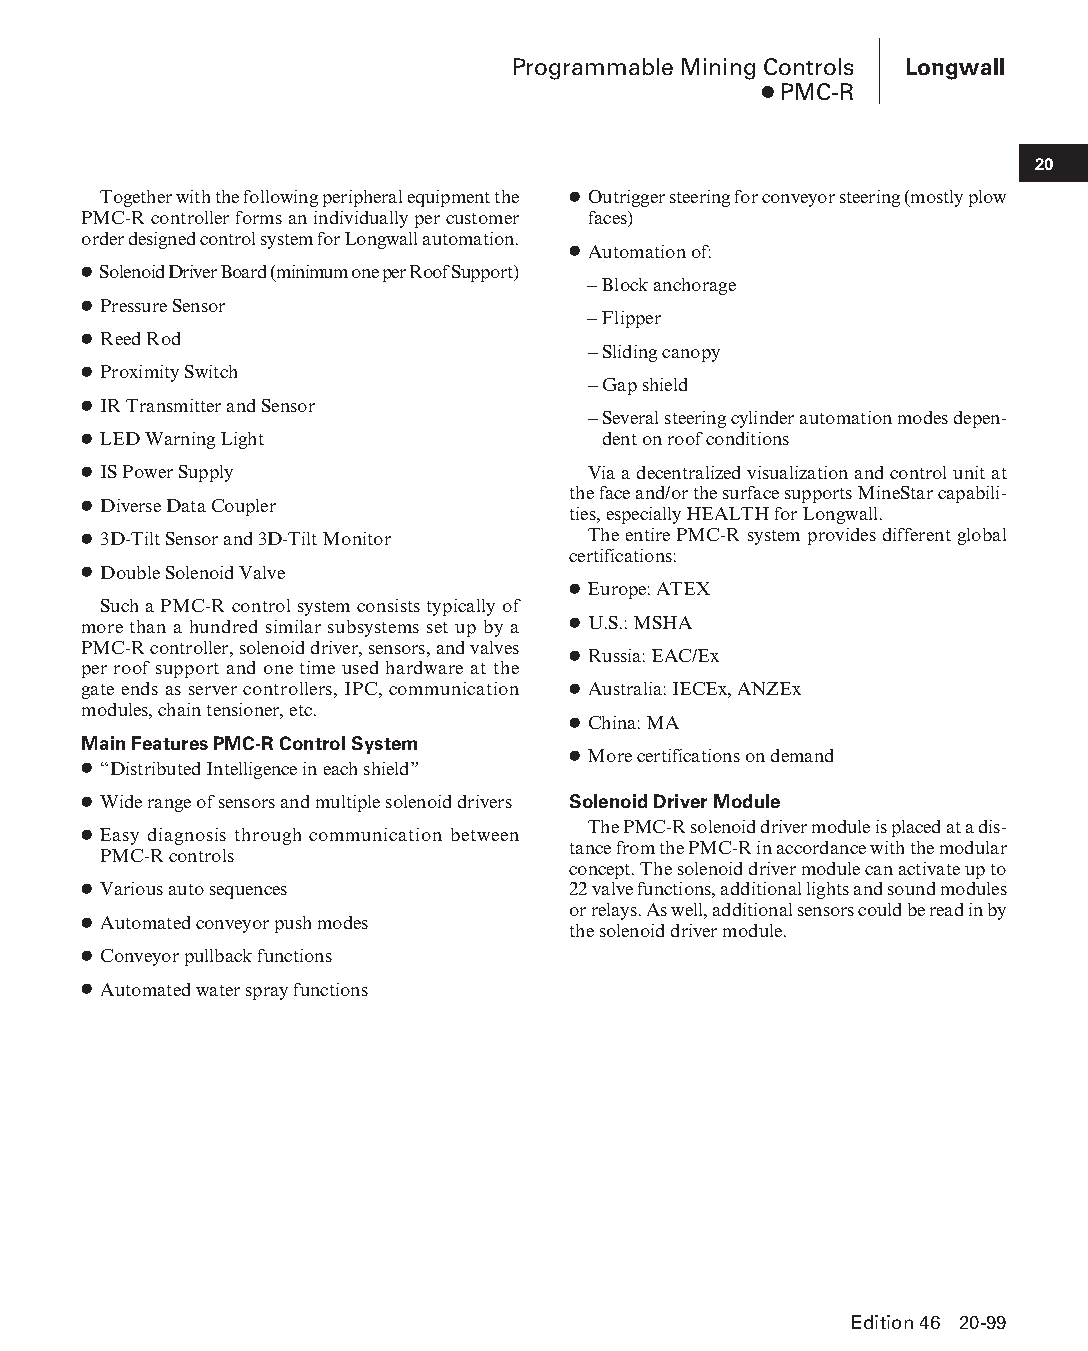
Programmable Mining Controls Longwall
 ● PMC-R
 20
 Together with the following peripheral equipment the ● Outrigger steering for conveyor steering (mostly plow
 PMC-R controller forms an individually per customer faces)
 order designed control system for Longwall automation.
 ● Automation of:
 ● Solenoid Driver Board (minimum one per Roof Support)
 – Block anchorage
 ● Pressure Sensor
 – Flipper
 ● Reed Rod
 – Sliding canopy
 ● Proximity Switch
 – Gap shield
 ● IR Transmitter and Sensor
 – Several steering cylinder automation modes depen-
 ● LED Warning Light               dent on roof conditions
 ● IS Power Supply                Via a decentralized visualization and control unit at
 the face and/or the surface supports MineStar capabili-
 ● Diverse Data Coupler
 ties, especially HEALTH for Longwall.
 ● 3D-Tilt Sensor and 3D-Tilt Monitor The entire PMC-R system provides different global
 certifications:
 ● Double Solenoid Valve
 ● Europe: ATEX
 Such a PMC-R control system consists typically of
 more than a hundred similar subsystems set up by a ● U.S.: MSHA
 PMC-R controller, solenoid driver, sensors, and valves
 ● Russia: EAC/Ex
 per roof support and one time used hardware at the
 gate ends as server controllers, IPC, communication ● Australia: IECEx, ANZEx
 modules, chain tensioner, etc.
 ● China: MA
 Main Features PMC-R Control System
 ● More certifications on demand
 ● “Distributed Intelligence in each shield”
 ● Wide range of sensors and multiple solenoid drivers Solenoid Driver Module
 The PMC-R solenoid driver module is placed at a dis-
 ● Easy diagnosis through communication between
 tance from the PMC-R in accordance with the modular
 PMC-R controls
 concept. The solenoid driver module can activate up to
 ● Various auto sequences        22 valve functions, additional lights and sound modules
 or relays. As well, additional sensors could be read in by
 ● Automated conveyor push modes
 the solenoid driver module.
 ● Conveyor pullback functions
 ● Automated water spray functions
 Edition 46 20-99
 PPHHBB--SSeecc2200--LLoonnggwwaallll((ppgg002255--112200))..iinndddd 9999 1122//44//1155 1111::0022 AAMM